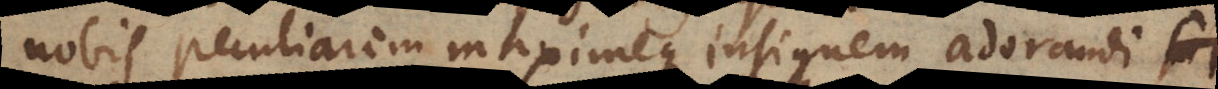
nobis peculiarem maximeque insignem adorandi oc